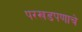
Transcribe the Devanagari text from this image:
परखडपणाचे